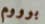
بوووم